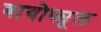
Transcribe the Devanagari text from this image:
बायोफ्यूल